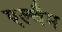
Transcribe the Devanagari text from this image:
एल्थैम